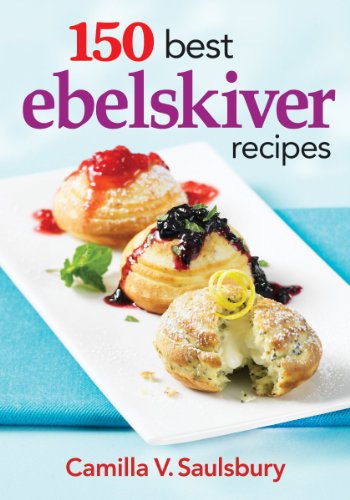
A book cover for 150 Best Ebelskiver Recipes; Camilla Saulsbury; Cookbooks, Food & Wine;